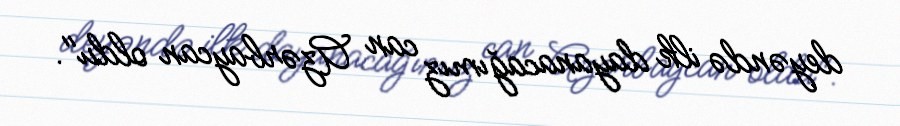
deyəndə ilk dayanacağımız can Azərbaycan oldu".